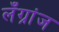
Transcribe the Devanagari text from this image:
लँग्रांज